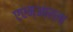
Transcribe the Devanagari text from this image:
एएम्‌आरला